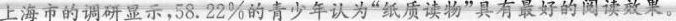
上海市的调研显示，58.22%的青少年认为”纸质读物”具有最好的阅读效果。